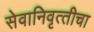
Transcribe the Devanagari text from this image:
सेवानिवृत्‍तीचा